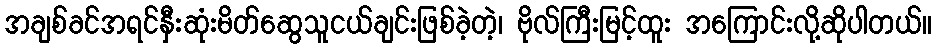
အချစ်ခင်အရင်နှီးဆုံးမိတ်ဆွေသူငယ်ချင်းဖြစ်ခဲ့တဲ့၊ ဗိုလ်ကြီးမြင့်ထူး အကြောင်းလို့ဆိုပါတယ်။